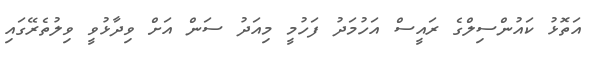
އަތޮޅު ކައުންސިލްގެ ރައީސް އަހުމަދު ފަހުމީ މިއަދު ސަން އަށް ވިދާޅުވީ ވިލުތެރޭގައި